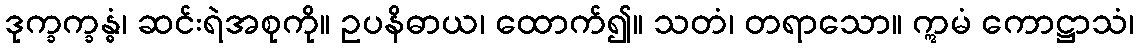
ဒုက္ခက္ခန္ဓံ၊ ဆင်းရဲအစုကို။ ဥပနိဓာယ၊ ထောက်၍။ သတံ၊ တရာသော။ ဣမံ ကောဋ္ဌာသံ၊